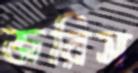
জরিস